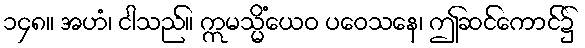
၁၄၈။ အဟံ၊ ငါသည်။ ဣမသ္မိံယေဝ ပဝေသနေ၊ ဤဆင်ကောင်၌